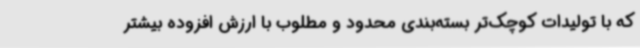
که با تولیدات کوچک‌تر بسته‌بندی محدود و مطلوب با ارزش افزوده بیشتر